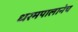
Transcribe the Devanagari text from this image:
धरमपालानेच